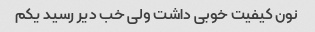
نون کیفیت خوبی داشت ولی خب دیر رسید یکم